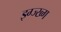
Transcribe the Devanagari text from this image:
झ्ग्ज्ख्ग